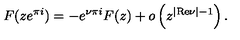
F ( z e ^ { \pi i } ) = - e ^ { \nu \pi i } F ( z ) + o \left( z ^ { | { \mathrm { R e } } \nu | - 1 } \right) .